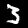
Digit: 3